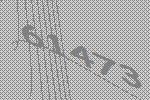
61473